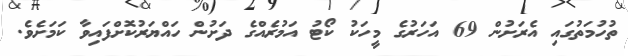
ތުހުމަތުގައި އެރަށުން 69 އަހަރުގެ މީހަކު ކޯޓު އަމުރެއްގެ ދަށުން ހައްޔަރުކޮށްފައިވާ ކަމަށެވެ.